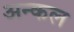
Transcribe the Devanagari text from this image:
अन्कल